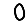
Digit: 0